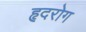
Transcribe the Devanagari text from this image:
हृदरोग